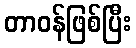
တာဝန်ဖြစ်ပြီး